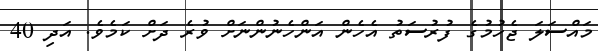
މައްސަލަ ޖެހުމުގެ ފުރުސަތު އެހެން އަންހެނުންނަށް ވުރެ ދަށް ކަމެވެ. އަދި 40